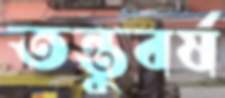
তন্তুবর্ষ